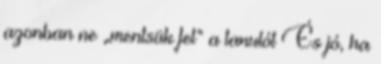
azonban ne „mentsük fel” a tanulót És jó, ha